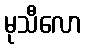
မုသီလော